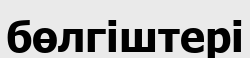
бөлгіштері